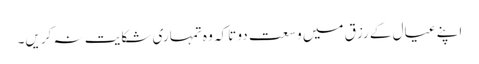
اپنے عیال کے رزق میں وسعت دو تاکہ وہ تمہاری شکایت نہ کریں۔